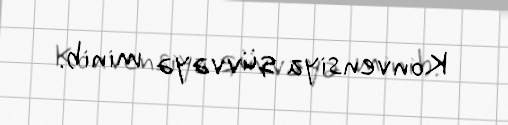
Konvensiya qüvvəyə minib.